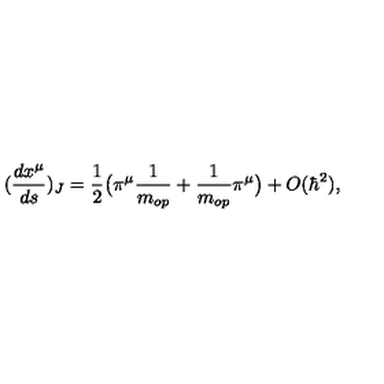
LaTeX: ( \frac { d x ^ { \mu } } { d s } ) _ { J } = \frac { 1 } { 2 } \big ( \pi ^ { \mu } \frac { 1 } { m _ { o p } } + \frac { 1 } { m _ { o p } } \pi ^ { \mu } \big ) + O ( \hbar ^ { 2 } ) ,